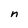
Character: n